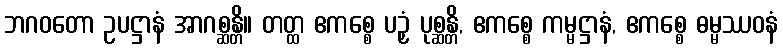
ဘဂဝတော ဥပဋ္ဌာနံ အာဂစ္ဆန္တိ။ တတ္ထ ဧကစ္စေ ပဉှံ ပုစ္ဆန္တိ, ဧကစ္စေ ကမ္မဋ္ဌာနံ, ဧကစ္စေ ဓမ္မဿဝနံ